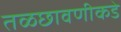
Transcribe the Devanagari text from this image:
तळछावणीकडे